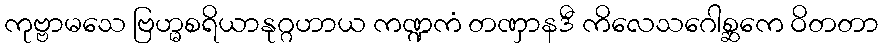
ကုဗ္ဗာမသေ ဗြဟ္မစရိယာနုဂ္ဂဟာယ ကဏ္ဍကံ တဏှာနဒီ ကိလေသဂေါစ္ဆကေ ဝိတတာ